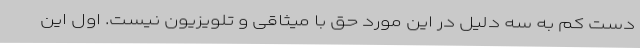
دست‌ کم به سه دلیل در این مورد حق با میثاقی و تلویزیون نیست. اول این